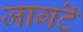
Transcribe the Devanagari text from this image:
जागटॆ